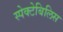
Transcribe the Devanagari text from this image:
स्पेक्टेबिलिस